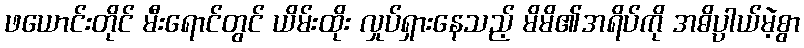
ဖယောင်းတိုင် မီးရောင်တွင် ယိမ်းထိုး လှုပ်ရှားနေသည့် မိမိ၏အရိပ်ကို အဓိပ္ပာယ်မဲ့စွာ